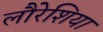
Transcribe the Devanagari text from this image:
लौरेशिया